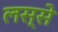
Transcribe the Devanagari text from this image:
लस्से